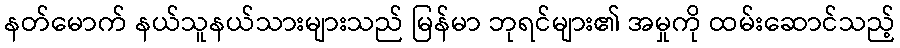
နတ်မောက် နယ်သူနယ်သားများသည် မြန်မာ ဘုရင်များ၏ အမှုကို ထမ်းဆောင်သည့်